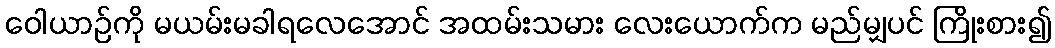
ဝေါယာဉ်ကို မယမ်းမခါရလေအောင် အထမ်းသမား လေးယောက်က မည်မျှပင် ကြိုးစား၍